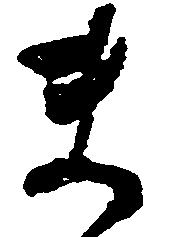
ま